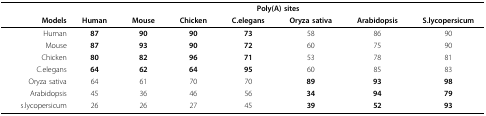
<table><thead><tr><td></td><td colspan="7"><b>Poly(A) sites</b></td></tr><tr><td><b>Models</b></td><td><b>Human</b></td><td><b>Mouse</b></td><td><b>Chicken</b></td><td><b>C.elegans</b></td><td><b>Oryza sativa</b></td><td><b>Arabidopsis</b></td><td><b>S.lycopersicum</b></td></tr></thead><tbody><tr><td>Human</td><td><b>87</b></td><td><b>90</b></td><td><b>90</b></td><td><b>73</b></td><td>58</td><td>86</td><td>90</td></tr><tr><td>Mouse</td><td><b>87</b></td><td><b>93</b></td><td><b>90</b></td><td><b>72</b></td><td>60</td><td>75</td><td>90</td></tr><tr><td>Chicken</td><td><b>80</b></td><td><b>82</b></td><td><b>96</b></td><td><b>71</b></td><td>53</td><td>78</td><td>81</td></tr><tr><td>C.elegans</td><td><b>64</b></td><td><b>62</b></td><td><b>64</b></td><td><b>95</b></td><td>60</td><td>85</td><td>83</td></tr><tr><td>Oryza sativa</td><td>64</td><td>61</td><td>70</td><td>70</td><td><b>89</b></td><td><b>93</b></td><td><b>98</b></td></tr><tr><td>Arabidopsis</td><td>45</td><td>36</td><td>46</td><td>56</td><td><b>34</b></td><td><b>94</b></td><td><b>79</b></td></tr><tr><td>s.lycopersicum</td><td>26</td><td>26</td><td>27</td><td>45</td><td><b>39</b></td><td><b>52</b></td><td><b>93</b></td></tr></tbody></table>